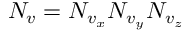
N _ { v } = N _ { v _ { x } } N _ { v _ { y } } N _ { v _ { z } }